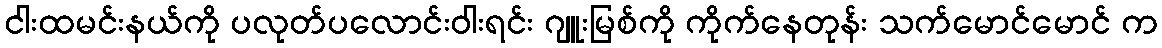
ငါးထမင်းနယ်ကို ပလုတ်ပလောင်းဝါးရင်း ဂျူးမြစ်ကို ကိုက်နေတုန်း သက်မောင်မောင် က